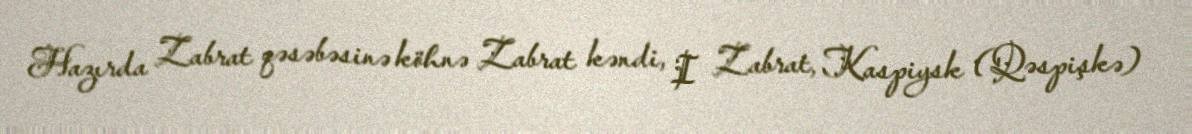
Hazırda Zabrat qəsəbəsinə köhnə Zabrat kəndi, I Zabrat, Kaspiysk (Qəspişkə)